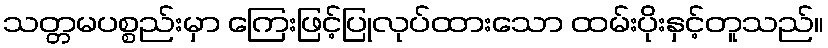
သတ္တမပစ္စည်းမှာ ကြေးဖြင့်ပြုလုပ်ထားသော ထမ်းပိုးနှင့်တူသည်။